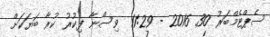
ސެޕްޓެމްބަރު 30